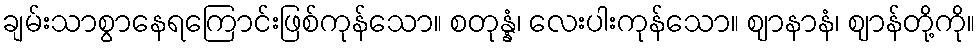
ချမ်းသာစွာနေရကြောင်းဖြစ်ကုန်သော။ စတုန္နံ၊ လေးပါးကုန်သော။ ဈာနာနံ၊ ဈာန်တို့ကို။